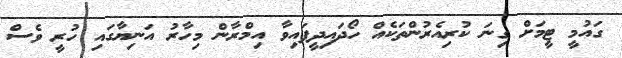
ގައުމީ ޓީމަށް ގިނަ ކުރިއެރުންތަކެއް ހޯދައިދީފައިވާ އިމްރާން މިހާރު އަނިޔާގައި ހުރީ ވެސް